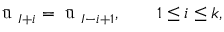
\bar { \mathrm { ~ u ~ } } _ { I + i } = \bar { \mathrm { ~ u ~ } } _ { I - i + 1 } , \qquad 1 \leq i \leq k ,